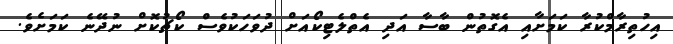
އިހުތިރާމްކުރާ ކަމަށާއި އެގޮތުން ބާސާ އަދި އެތްލެޓިކޯއަށް ދުވަހަކުވެސް ކޯޗުކޮށް ނުދޭނެ ކަމަށެވެ.